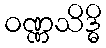
ဝဏ္ဏသိဒ္ဓိ